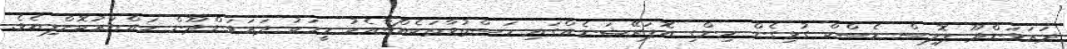
ދަރަވަންދޫ ޕޮލިސް ޑެސްކް ގުޅިގެން ހިންގި އޮޕަރޭޝަނެއްގައި މަސްތުވާތަކެއްޗާއެކު މީހަކު ދަރަވަންދޫން ހައްޔަރުކޮށްފިއެވެ.